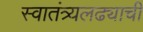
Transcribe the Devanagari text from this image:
स्वातंत्र्यलढ्याची